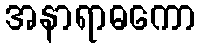
အနာရာဓကော